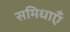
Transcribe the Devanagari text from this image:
समिधाएँ